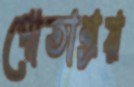
পোতাশ্রয়